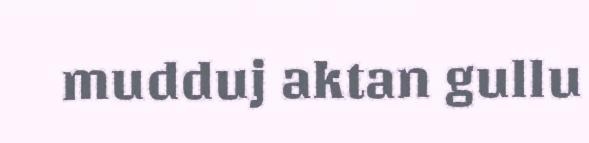
mudduj aktan gullu